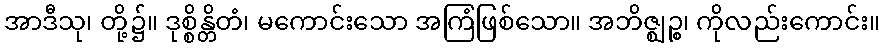
အာဒီသု၊ တို့၌။ ဒုစ္စိန္တိတံ၊ မကောင်းသော အကြံဖြစ်သော။ အဘိဇ္ဈဉ္စ၊ ကိုလည်းကောင်း။